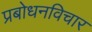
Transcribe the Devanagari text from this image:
प्रबोधनविचार